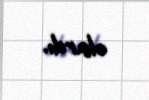
olardı.